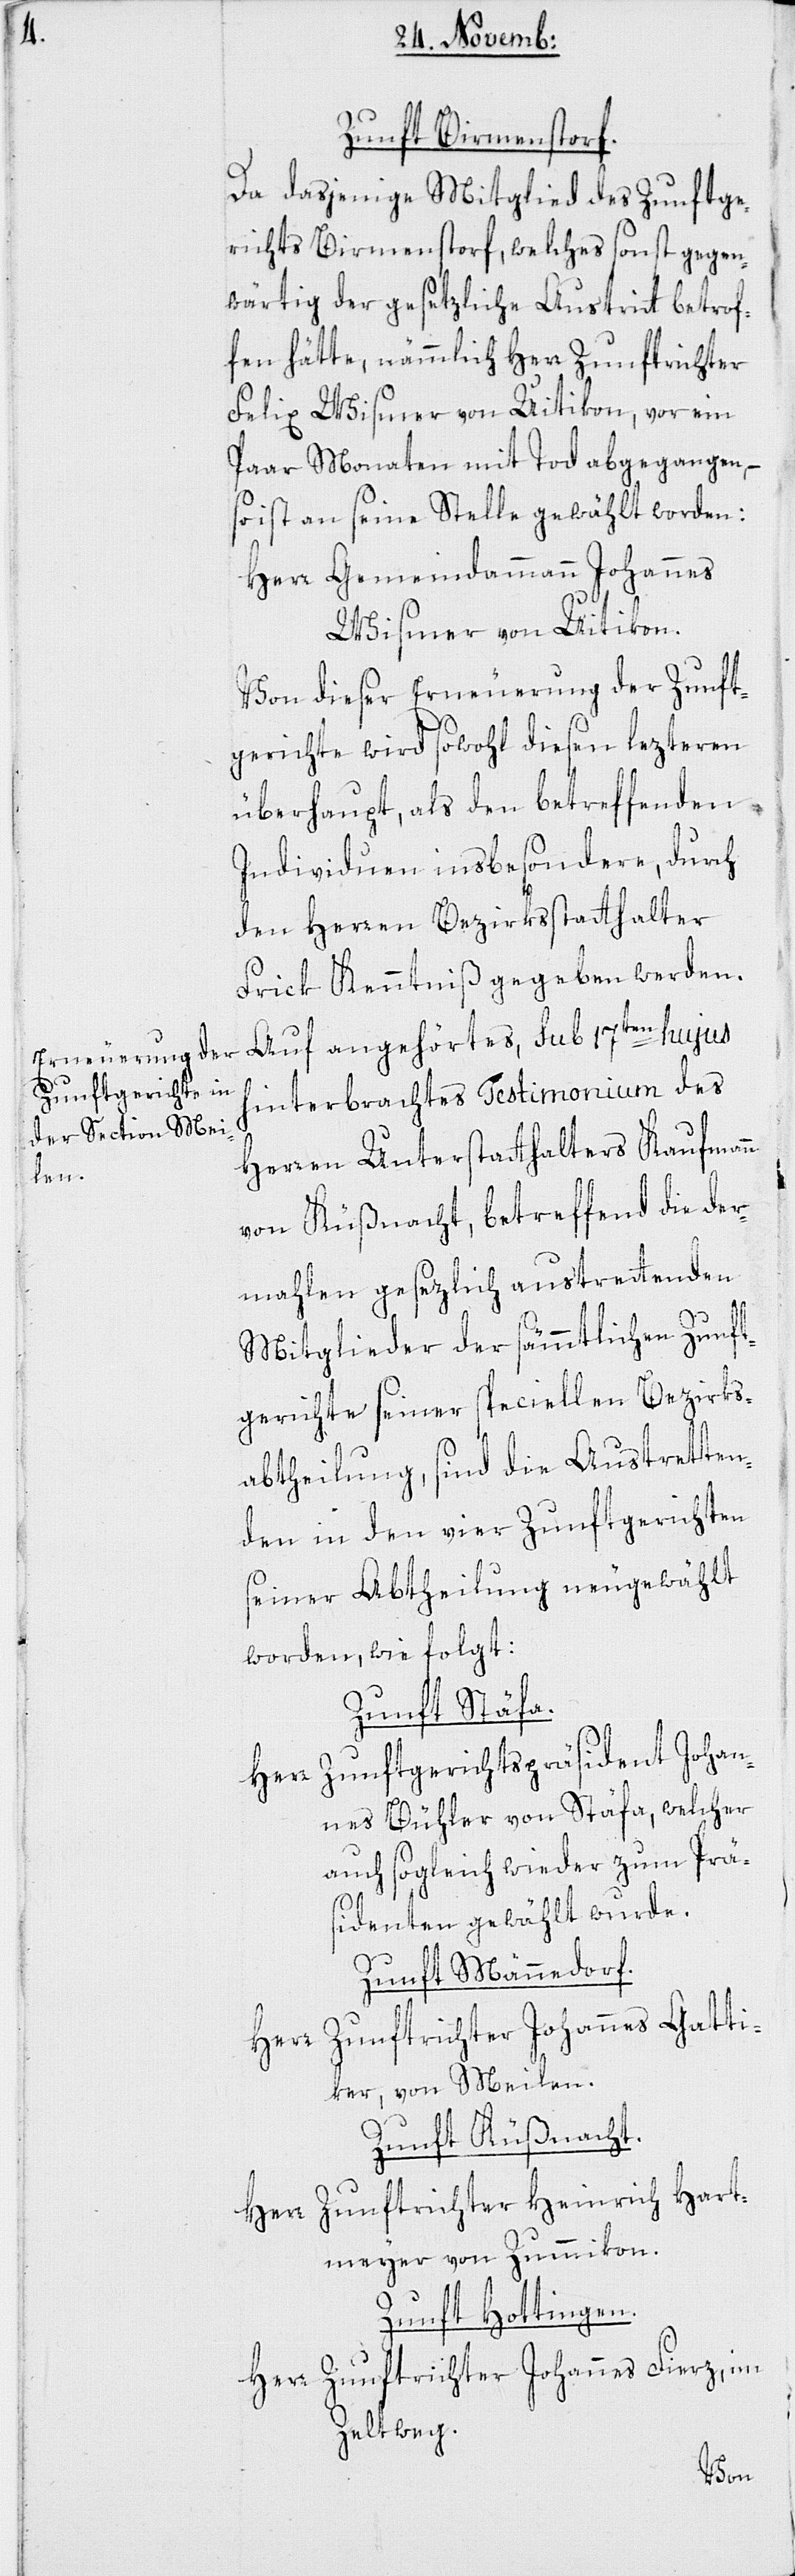
Zunft Birmenstorf.
Da dasjenige Mitglied des Zunftge¬
richts Birmenstorf, welches sonst gegen¬
wärtig der gesetzliche Austritt betrof¬
fen hätte, nämmlich Herr Zunftrichter
Felix Wismer von Uitikon, vor ein
paar Monaten mit Tod abgegangen,
so ist an seine Stelle gewählt worden:
Herr Gemeindammann Johannes
Wismer von Uitikon.
Von dieser Erneuerung der Zunft¬
gerichte wird sowohl diesen lezteren
überhaupt, als den betreffenden
Individuen insbesondere, durch
den Herren Bezirksstatthalter
Frick Kenntniß gegeben werden.
Auf angehörtes, sub 17ten hujus
hinterbrachtes Testimonium des
Herren Unterstatthalters Kaufmann
von Küßnacht, betreffend die der¬
mahlen gesezlich austretenden
Mitglieder der sämmtlichen Zunft¬
gerichte seiner speciellen Bezirks¬
abtheilung, sind die Austretten¬
den in den vier Zunftgerichten
seiner Abtheilung neu gewählt
worden, wie folgt:
Zunft Stäfa.
Herr Zunftgerichtspräsident Johan¬
nes Bühler von Stäfa, welcher
auch sogleich wieder zum Präs¬
identen gewählt wurde.
Zunft Männedorf.
Herr Zunftrichter Johannes Gatti¬
ker, von Meilen.
Zunft Küßnacht.
Herr Zunftrichter Heinrich Hart¬
meyer von Zummikon.
Zunft Hottingen.
Herr Zunftrichter Johannes Fierz, im
Zeltweg.